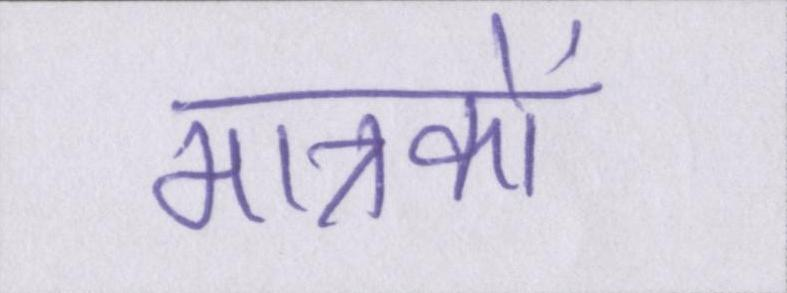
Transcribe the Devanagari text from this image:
मात्रकों